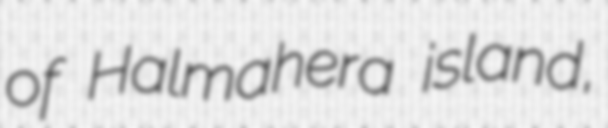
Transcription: of Halmahera island,